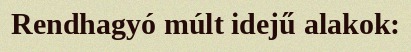
Rendhagyó múlt idejű alakok: